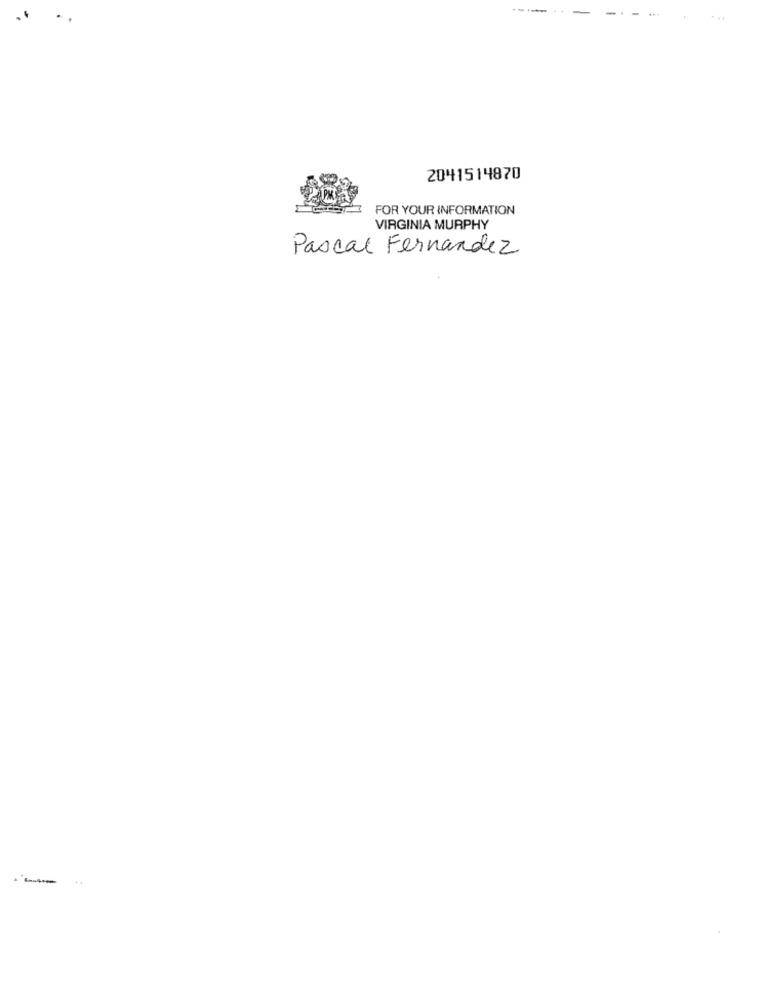
2041514870
FOR YOUR INFORMATION
VIRGINIA MURPHY
Pascal Fernandez